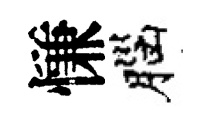
慊腦